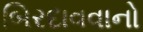
બિરદાવવાનો